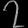
Digit: ၇